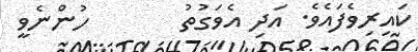
ކައިރިވެފައެވެ. އަދި އެވަގުތު       ހުންނެވީ